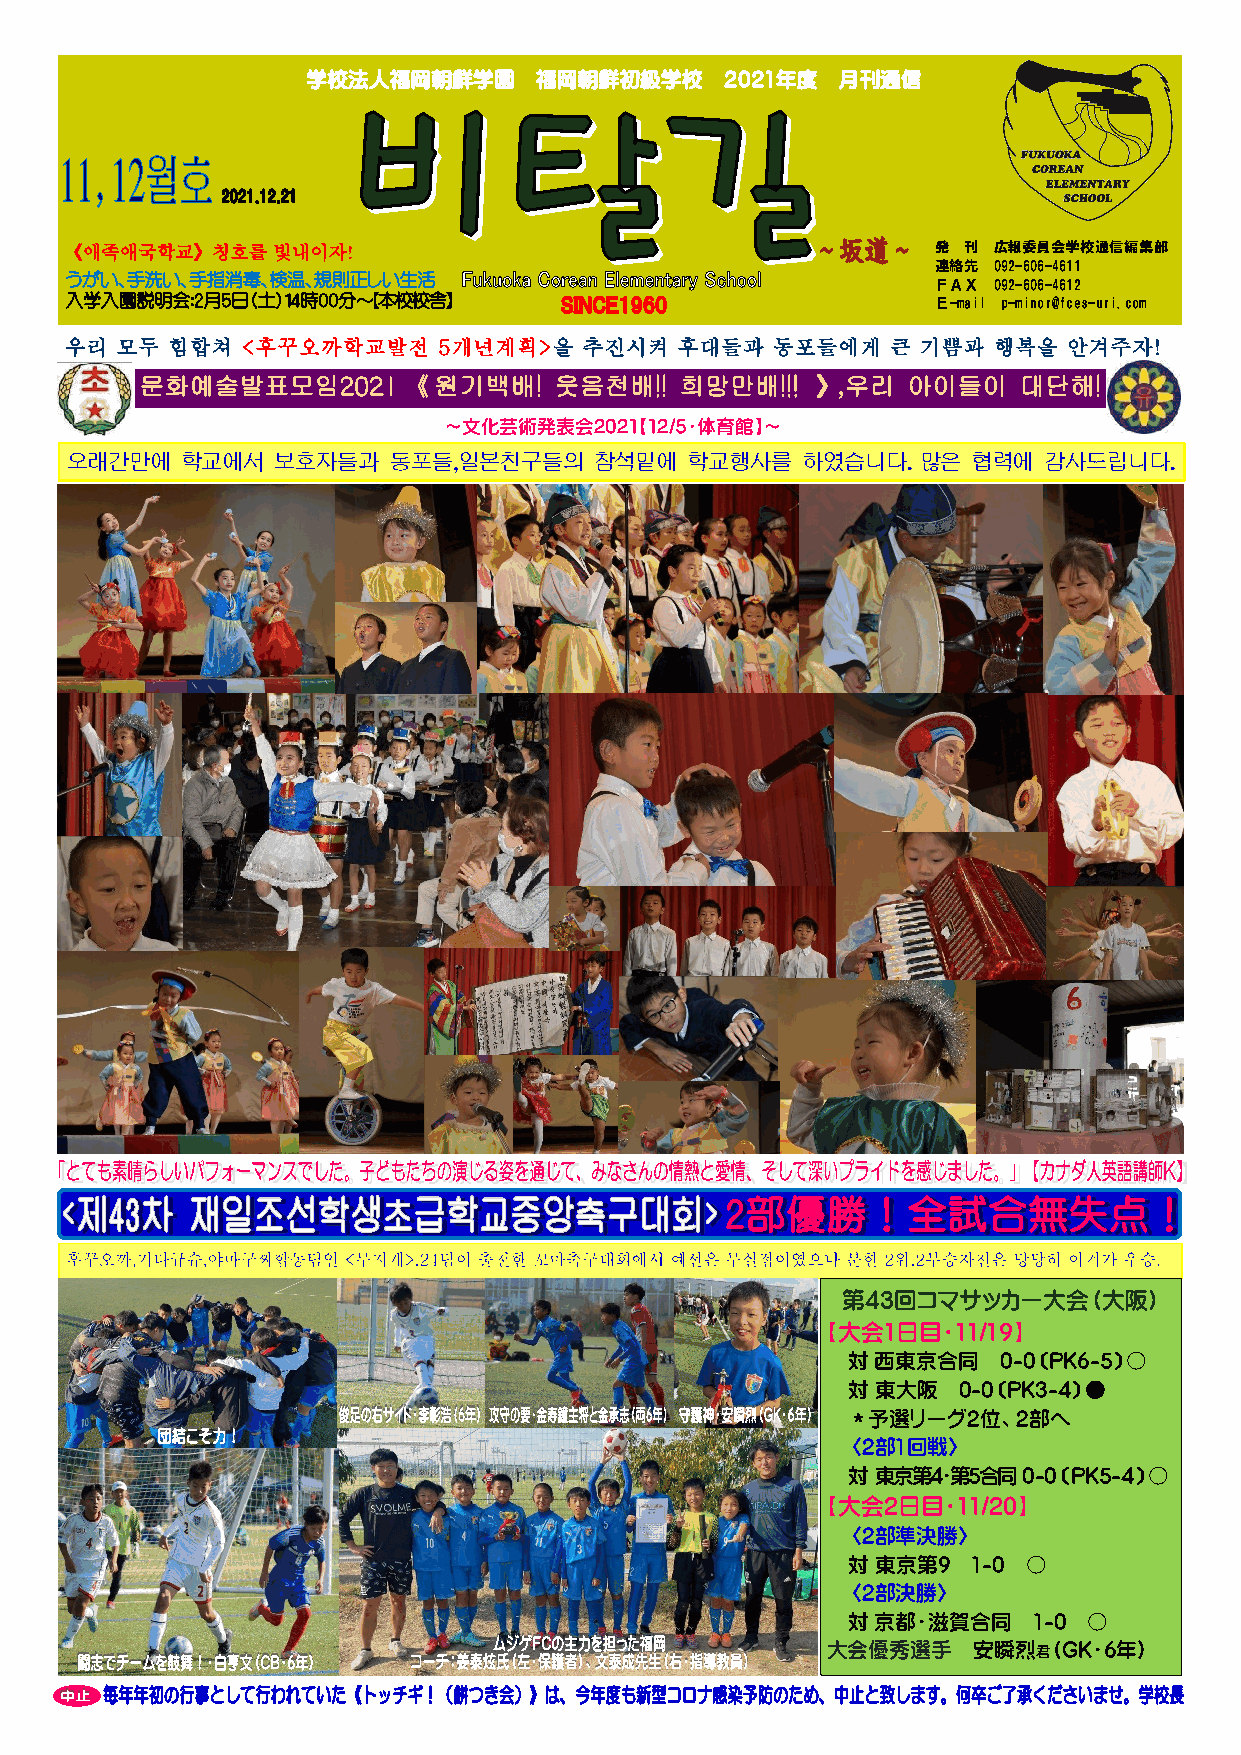
学校法人福岡朝鮮学園     福岡朝鮮初級学校     ２０２1年度 月刊通信
 《애족애국학교》칭호를   빛내이자!                                       発 刊 広報委員会学校通信編集部
 連絡先 092-606-4611
 うがい、手洗い、手指消毒、検温、規則正しい生活
 ＦＡＸ 092-606-4612
 入学入園説明会：2月5日（土）14時00分～【本校校舎】                              Ｅ-mail p-minor@fces-uri.com
 우리  모두 힘합쳐  <후꾸오까학교발전    5개년계획>을   추진시켜  후대들과  동포들에게   큰 기쁨과  행복을  안겨주자!
 문화예술발표모임2021《       원기백배!   웃음천배!!  희망만배!!!  》,우리  아이들이   대단해!
 ～文化芸術発表会2021【12/5・体育館】～
 오래간만에   학교에서  보호자들과   동포들,일본친구들의   참석밑에   학교행사를  하였습니다.  많은 협력에  감사드립니다.
 第43回コマサッカー大会（大阪）
 【大会1日目・11/19】
 対 西東京合同   0-0〔PK6-5〕〇
 対 東大阪  0-0〔PK3-4〕●
 ＊予選リーグ2位、2部へ
 〈2部1回戦〉
 対 東京第4・第5合同 0-0〔PK5-4〕〇
 【大会2日目・11/20】
 〈2部準決勝〉
 対 東京第9  1-0 〇
 〈2部決勝〉
 対 京都・滋賀合同   1-0 〇
 大会優秀選手   安瞬烈君（GK・6年）